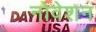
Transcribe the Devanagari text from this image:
नोवेशन